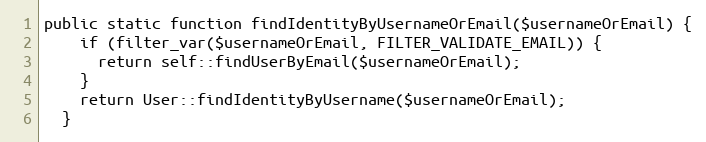
Language: PHP
public static function findIdentityByUsernameOrEmail($usernameOrEmail) {
    if (filter_var($usernameOrEmail, FILTER_VALIDATE_EMAIL)) {
      return self::findUserByEmail($usernameOrEmail);
    }
    return User::findIdentityByUsername($usernameOrEmail);
  }